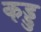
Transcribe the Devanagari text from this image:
कड्डु